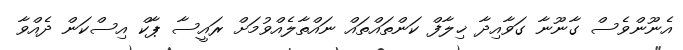
އެނޫންވެސް ގާނޫނާ ގަވާއިދާ ޚިލާފް ކަންތައްތައް ނައްތާލެއްވުމަށް ރައީސާ ޕާކް އިސްކަން ދެއްވާ